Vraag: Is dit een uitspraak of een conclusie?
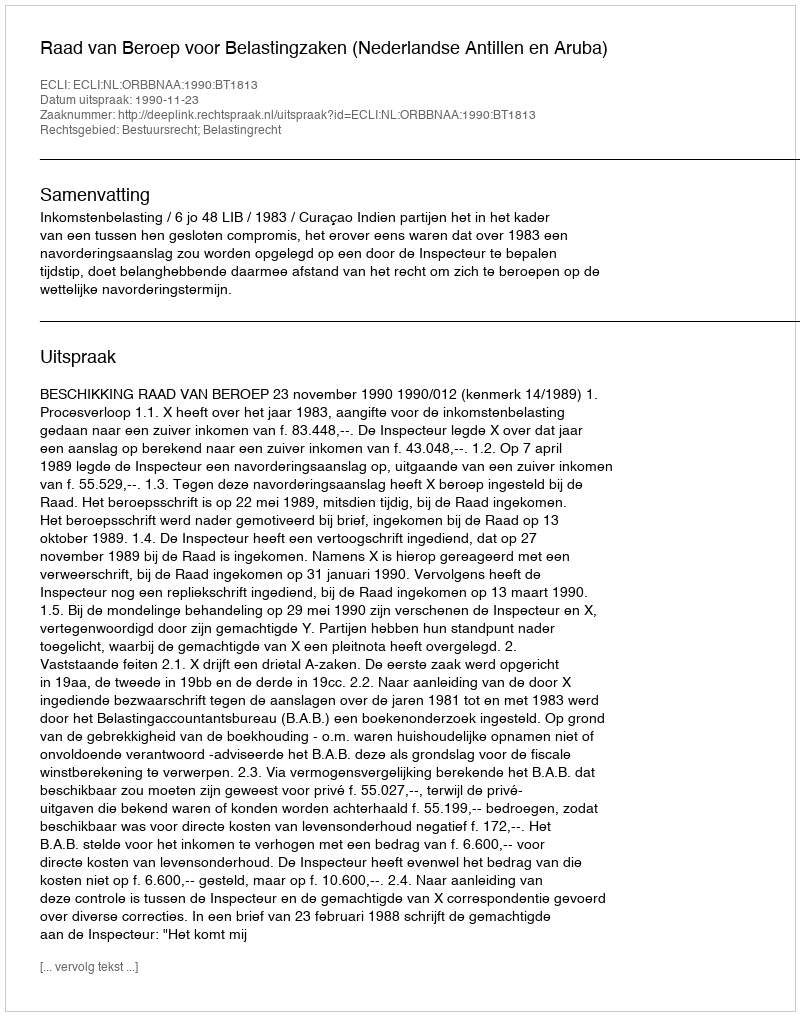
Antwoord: Uitspraak